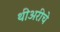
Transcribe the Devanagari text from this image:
थीअरीचे